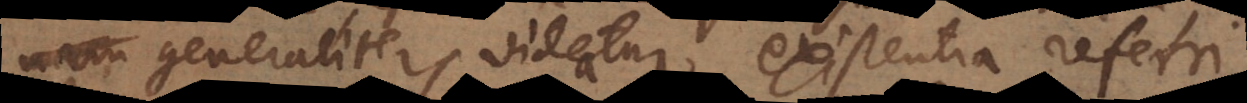
generaliter videatur existentia referri